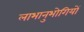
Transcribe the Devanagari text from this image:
लाभानुभोगियों